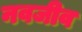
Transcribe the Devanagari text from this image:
नवजीव